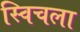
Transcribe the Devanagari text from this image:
स्विचला